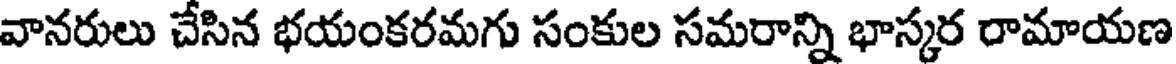
వానరులు చేసిన భయంకరమగు సంకుల సమరాన్ని భాస్కర రామాయణ